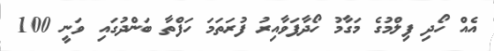
އެއް ހޯދި ފިލްމުގެ މަގާމު ހޯދާފަވާއިރު ފުރަތަމަ ހަފްތާ ބަންދުގައި ވަނީ 100